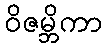
ဝိဇမ္ဘိကာ